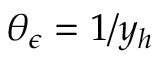
\theta _ { \epsilon } = 1 / y _ { h }